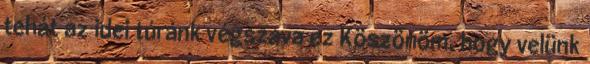
tehát az idei túránk végszava ez Köszönöm, hogy velünk